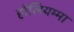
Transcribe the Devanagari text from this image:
होलियम्मा